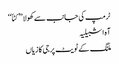
ٹرمپ کی جانب سے کھولا ’’ کٹاّ‘‘
آہ اشبیلیہ
ملنگ کے ٹویٹ پر جی کا زیاں